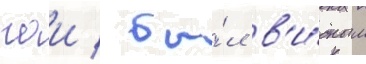
гаи / бы́л в'и́дным